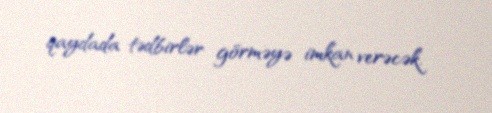
qaydada tədbirlər görməyə imkan verəcək.